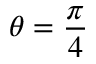
\theta = \frac { \pi } { 4 }